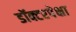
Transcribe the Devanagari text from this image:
डॉक्टरपेक्षा